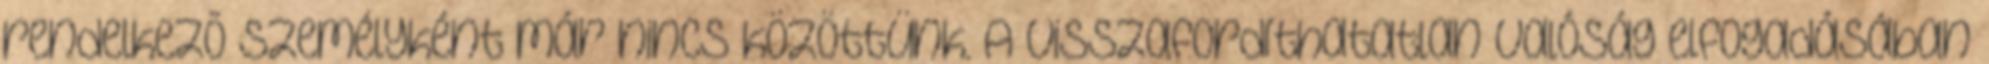
rendelkezõ személyként már nincs közöttünk. A visszafordíthatatlan valóság elfogadásában